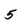
Character: 5